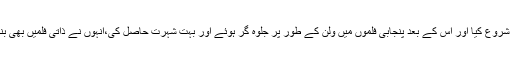
اسد بخاری نے اردو فلموں سے اپنا فلمی سفر شروع کیا اور اس کے بعد پنجابی فلموں میں ولن کے طور پر جلوہ گر ہوئے اور بہت شہرت حاصل کی،انہوں نے ذاتی فلمیں بھی بنائیں اور کچھ فلموں کی ہدایت کاری بھی کی۔